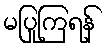
မပြုကြရန်